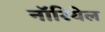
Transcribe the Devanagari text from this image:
नॉरियेल